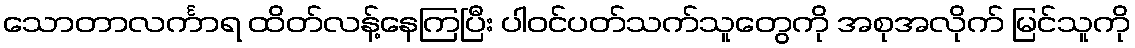
သောတာလင်္ကာရ ထိတ်လန့်နေကြပြီး ပါဝင်ပတ်သက်သူတွေကို အစုအလိုက် မြင်သူကို